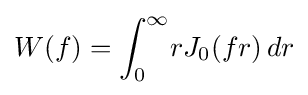
W(f)=\int _{0}^{\infty }\!rJ_{0}(fr)\,dr